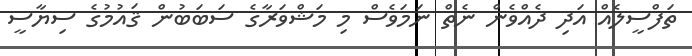
ތަފްސީލެއް އަދި ދެއްވެން ނެތް ނަމަވެސް މި މަޝްވަރާގެ ސަބަބުން ޤައުމުގެ ސިޔާސީ